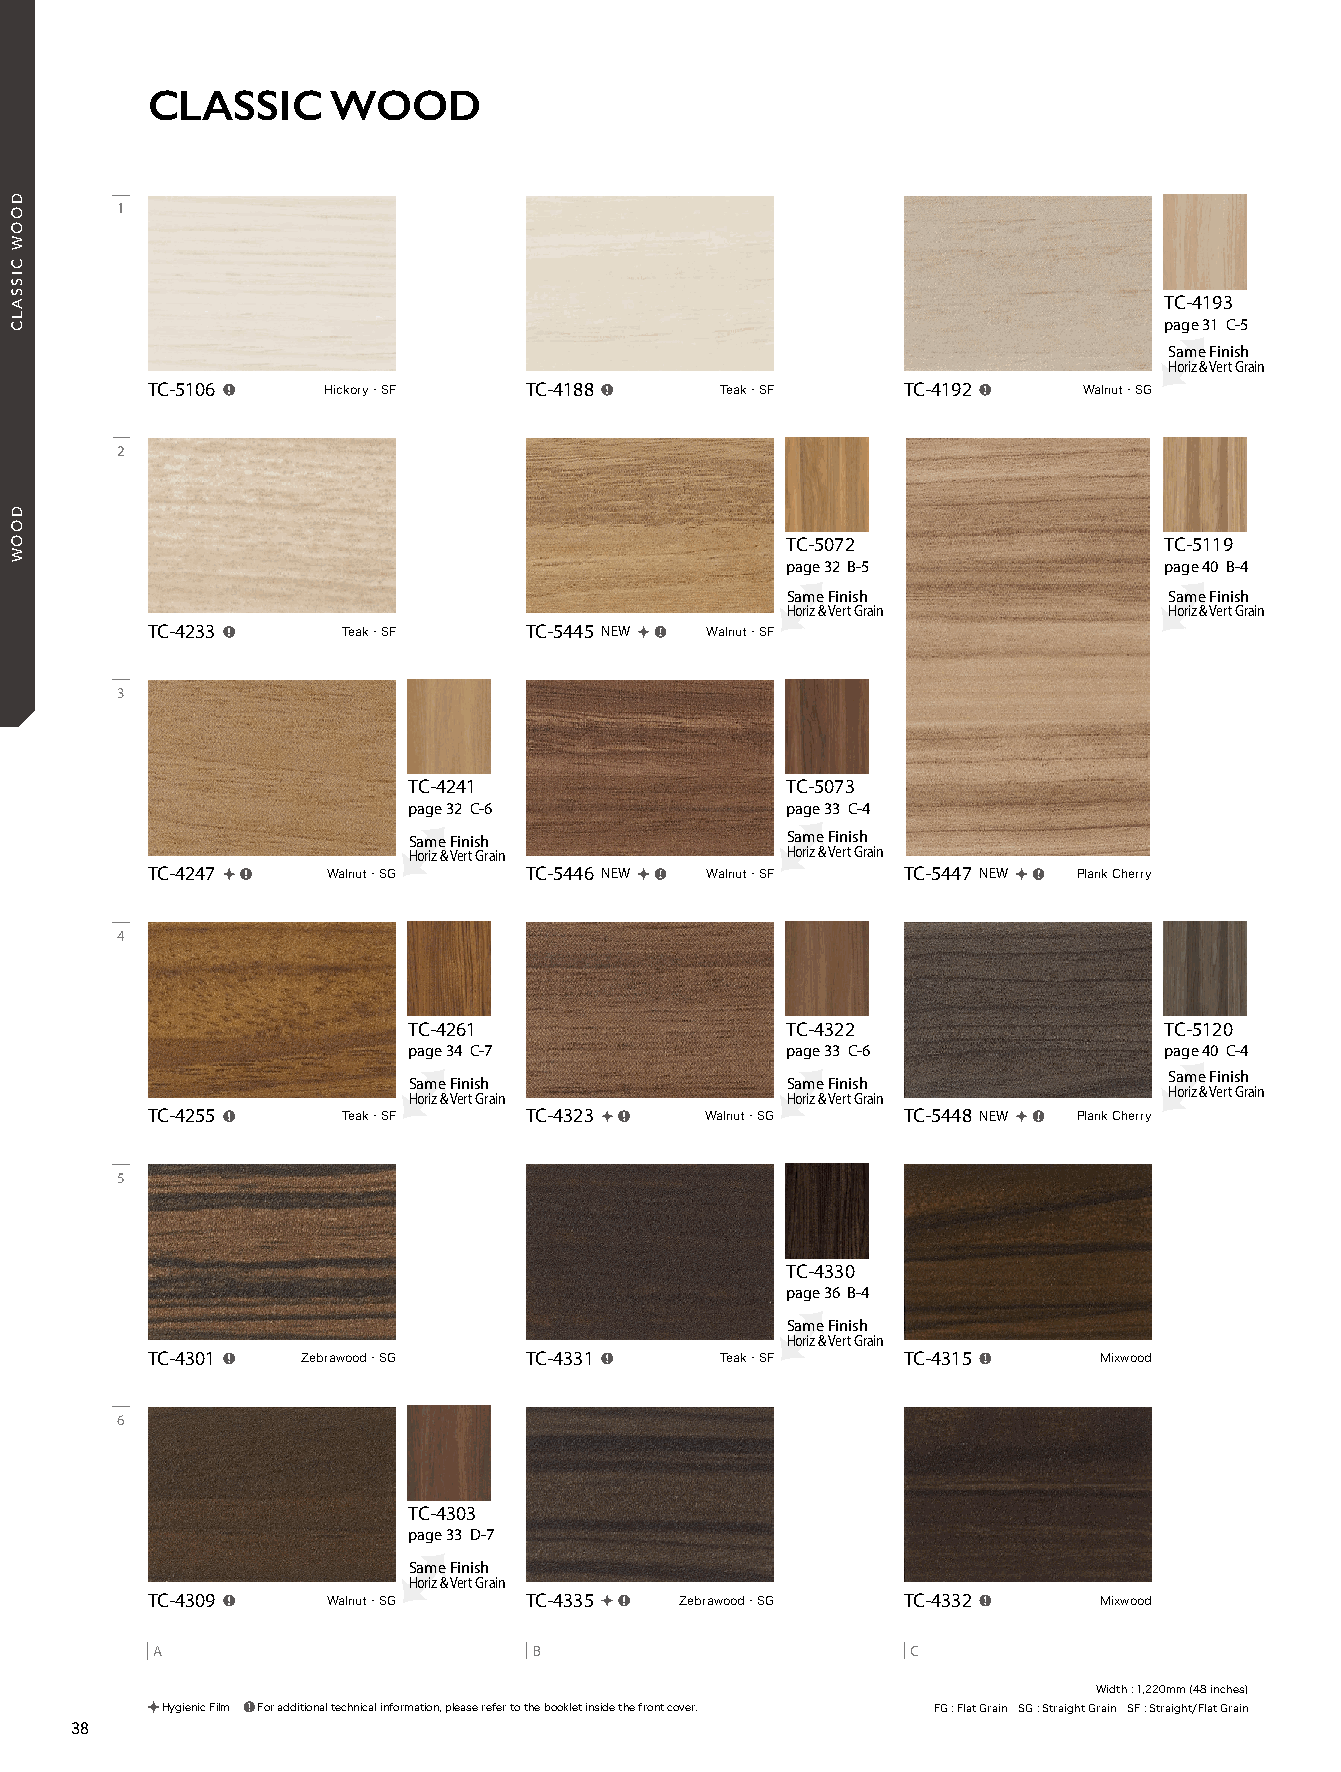
21_REATEC_vol11_P38-C1_KOROSEAL 21/11/19out 🅲🅼🆈🅺
 CLASSIC     WOOD
 1
 TC-4193
 page 31 C-5
 Same Finish
 Horiz & Vert Grain
 TC-5106   Hickory・SF    TC-4188     Teak・SF     TC-4192    Walnut・SG
 2
 TC-5072                  TC-5119
 page 32 B-5              page 40 B-4
 Same Finish              Same Finish
 Horiz & Vert Grain       Horiz & Vert Grain
 TC-4233     Teak・SF     TC-5445 NEW  Walnut・SF
 3
 TC-4241                  TC-5073
 page 32 C-6              page 33 C-4
 Same Finish              Same Finish
 Horiz & Vert Grain       Horiz & Vert Grain
 TC-4247    Walnut・SG    TC-5446 NEW  Walnut・SF  TC-5447 NEW  Plank Cherry
 4
 TC-4261                  TC-4322                  TC-5120
 page 34 C-7              page 33 C-6              page 40 C-4
 Same Finish
 Same Finish              Same Finish
 Horiz & Vert Grain
 Horiz & Vert Grain       Horiz & Vert Grain
 TC-4255     Teak・SF     TC-4323    Walnut・SG    TC-5448 NEW  Plank Cherry
 5
 TC-4330
 page 36 B-4
 Same Finish
 Horiz & Vert Grain
 TC-4301  Zebrawood・SG   TC-4331     Teak・SF     TC-4315     Mixwood
 6
 TC-4303
 page 33 D-7
 Same Finish
 Horiz & Vert Grain
 TC-4309    Walnut・SG    TC-4335  Zebrawood・SG   TC-4332     Mixwood
 A                        B                        C
 Width : 1,220mm (48 inches)
 Hygienic Film For additional technical information, please refer to the booklet inside the front cover. FG : Flat Grain SG : Straight Grain SF : Straight/Flat Grain
 38
 DOOW
 CISSALC
 DOOW